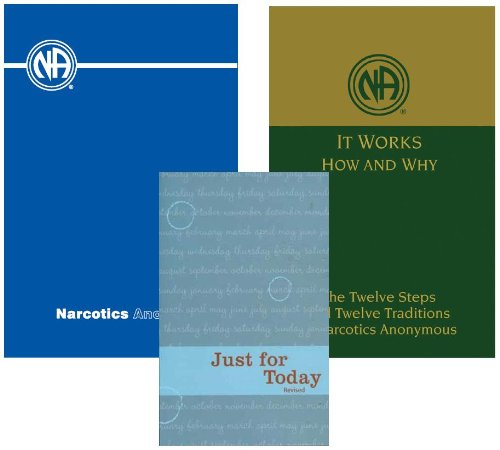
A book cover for Narcotics Anonymous Collection: Basic Text, Sixth Edition; It Works - How and Why; and Just For Today, Revised; Narcotics Anonymous; Crafts, Hobbies & Home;